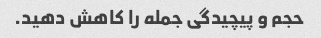
حجم و پیچیدگی جمله را کاهش دهید.